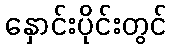
နှောင်းပိုင်းတွင်